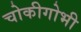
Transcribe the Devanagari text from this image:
चोकीगोभी